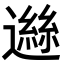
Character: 𨖾